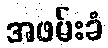
အဖမ်းခံ